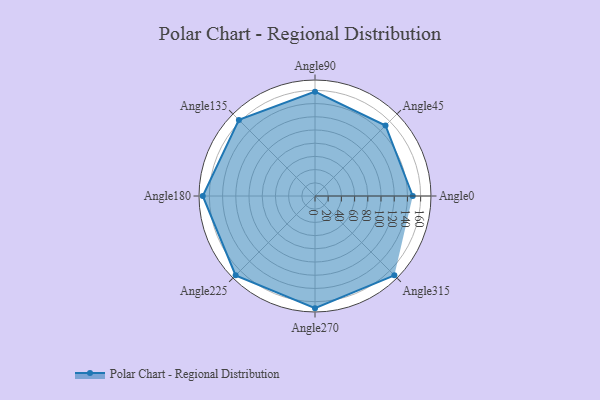
{"axis": {"x": "Angle", "y": "Radius"}, "legend": [""], "data": [{"x": "Angle0", "y": 148.0, "type": ""}, {"x": "Angle45", "y": 151.0, "type": ""}, {"x": "Angle90", "y": 158.0, "type": ""}, {"x": "Angle135", "y": 163.0, "type": ""}, {"x": "Angle180", "y": 170, "type": ""}, {"x": "Angle225", "y": 170, "type": ""}, {"x": "Angle270", "y": 170, "type": ""}, {"x": "Angle315", "y": 170, "type": ""}]}